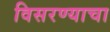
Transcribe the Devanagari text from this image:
विसरण्याचा